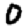
Digit: 0